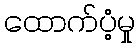
ထောက်ပံ့မှု